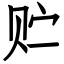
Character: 贮